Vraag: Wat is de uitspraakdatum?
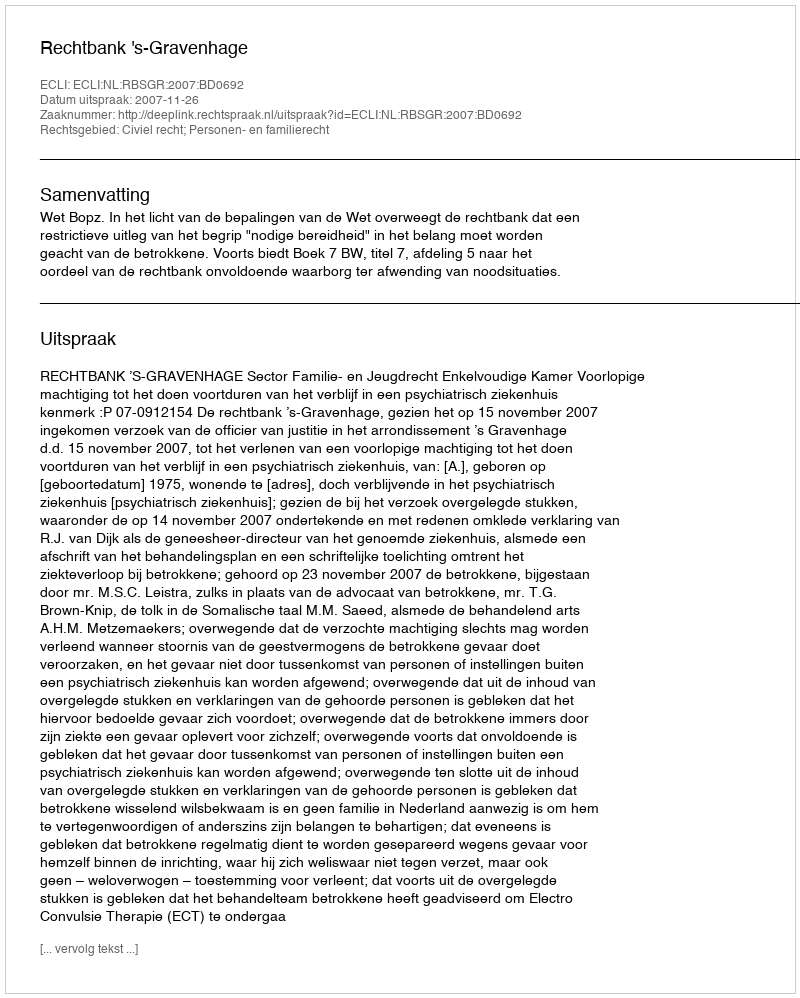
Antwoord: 2007-11-26